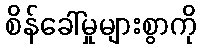
စိန်ခေါ်မှုများစွာကို